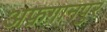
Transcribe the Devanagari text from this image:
अफ़ग़ानपुर